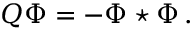
Q \Phi = - \Phi \star \Phi \, .